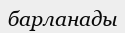
барланады